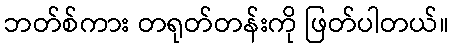
ဘတ်စ်ကား တရုတ်တန်းကို ဖြတ်ပါတယ်။